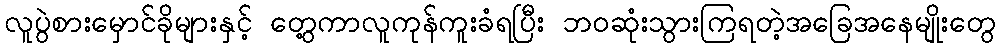
လူပွဲစားမှောင်ခိုများနှင့် တွေ့ကာလူကုန်ကူးခံရပြီး ဘဝဆုံးသွားကြရတဲ့အခြေအနေမျိုးတွေ